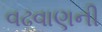
વઢવાણની